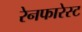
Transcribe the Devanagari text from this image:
रेनफारेस्ट